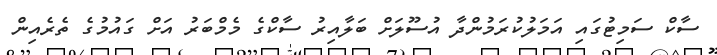
ސާކް ސަމިޓުގައި އަމަލުކުރަމުންދާ އުސޫލަށް ބަލާއިރު ސާކްގެ މެމްބަރު އަށް ގައުމުގެ ތެރެއިން